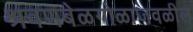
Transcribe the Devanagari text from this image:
श्रवणबेळगोळाजवळील